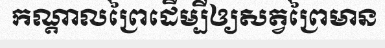
កណ្តាលព្រៃដើម្បីឲ្យសត្វព្រៃមាន